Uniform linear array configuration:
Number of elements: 48
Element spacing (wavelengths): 1
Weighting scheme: uniform
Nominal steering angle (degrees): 15
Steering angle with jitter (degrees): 14.675
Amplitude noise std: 0.05
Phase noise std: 0.05

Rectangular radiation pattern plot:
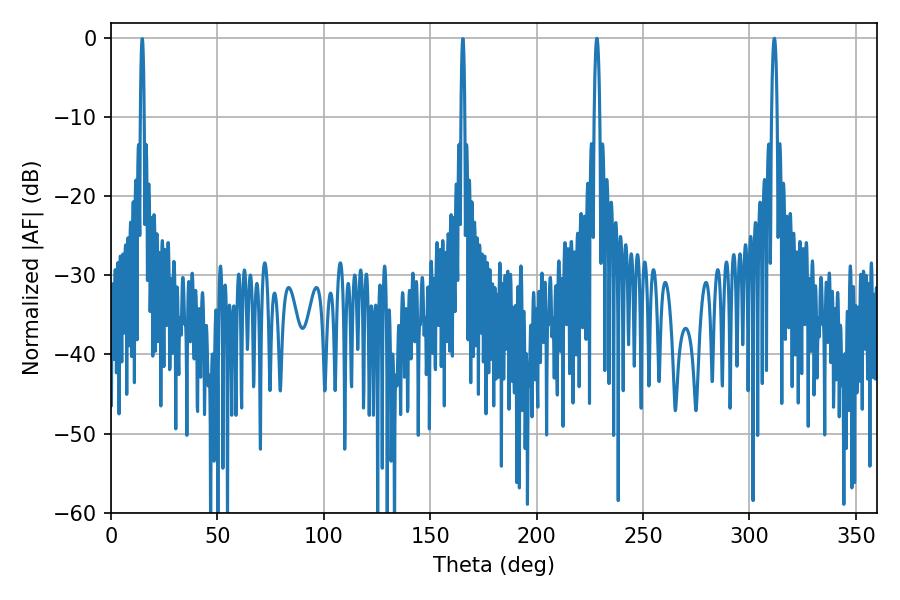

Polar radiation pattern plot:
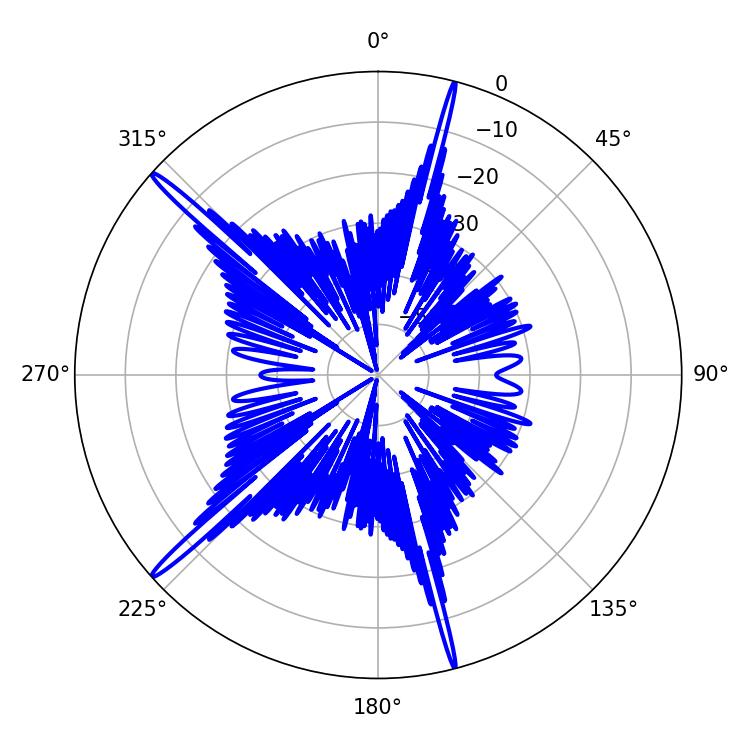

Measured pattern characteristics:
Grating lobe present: TRUE
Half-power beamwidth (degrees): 1.44
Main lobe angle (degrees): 311.76